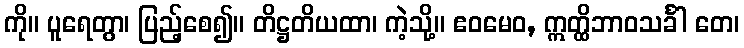
ကို။ ပူရေတွာ၊ ပြည့်စေ၍။ တိဋ္ဌတိယထာ၊ ကဲ့သို့။ ဧဝမေဝ, ဣတ္ထိဘာဝသင်္ခါ တေ၊